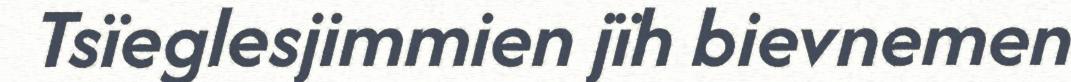
Tsïeglesjimmien jïh bievnemen